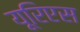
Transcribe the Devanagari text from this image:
यूरिएस